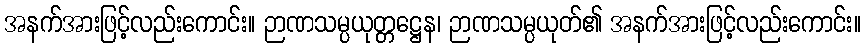
အနက်အားဖြင့်လည်းကောင်း။ ဉာဏသမ္ပယုတ္တဋ္ဌေန၊ ဉာဏသမ္ပယုတ်၏ အနက်အားဖြင့်လည်းကောင်း။